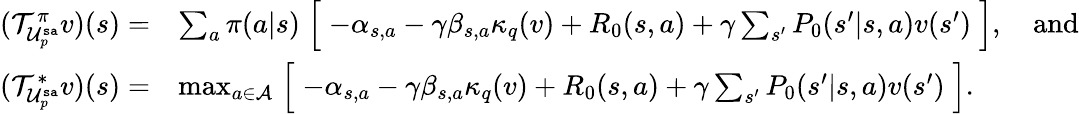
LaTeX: \begin{array}{rl}{(\mathcal{T}_{\mathcal{U}_{p}^{\texttt{sa}}}^{\pi}v)(s)=}&{\sum_{a}\pi(a|s)\Bigm[-\alpha_{s,a}-\gamma\beta_{s,a}\kappa_{q}(v)+R_{0}(s,a)+\gamma\sum_{s^{\prime}}P_{0}(s^{\prime}|s,a)v(s^{\prime})\Bigm],\quad\mathrm{and}}\\ {(\mathcal{T}_{\mathcal{U}_{p}^{\texttt{sa}}}^{*}v)(s)=}&{\operatorname*{max}_{a\in\mathcal{A}}\Bigm[-\alpha_{s,a}-\gamma\beta_{s,a}\kappa_{q}(v)+R_{0}(s,a)+\gamma\sum_{s^{\prime}}P_{0}(s^{\prime}|s,a)v(s^{\prime})\Bigm].}\end{array}